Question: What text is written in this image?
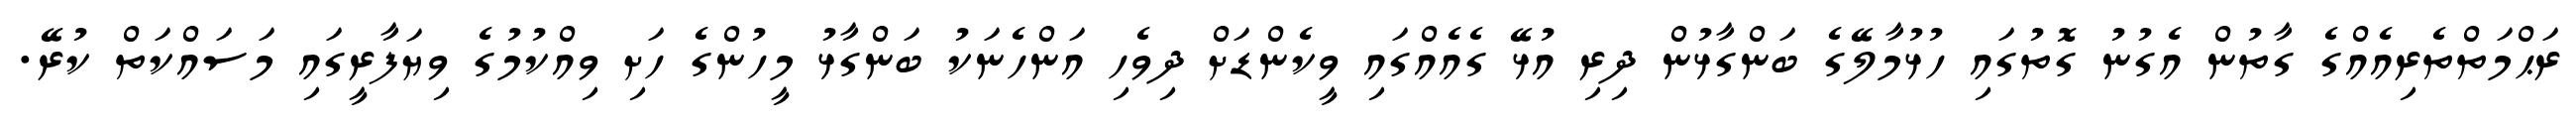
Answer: ރަޙްމަތްތެރިއެއްގެ ގާތުން އެގުނު ގޮތުގައި ހުޅުމާލޭގެ ބަންގާޅުން ދިރި އުޅޭ ގެއެއްގައި ވީކެންޑަށް ދިވެހި އަންހެނަކު ބަންގާޅު މީހުންގެ ހަށި ވިއްކުމުގެ ވިޔަފާރީގައި މަސައްކަތް ކުރޭ.